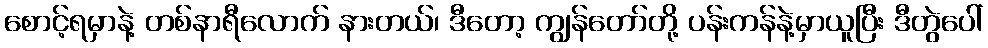
စောင့်ရမှာနဲ့ တစ်နာရီလောက် နားတယ်၊ ဒီတော့ ကျွန်တော်တို့ ပန်းကန်နဲ့မှာယူပြီး ဒီတွဲပေါ်